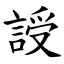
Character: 䛵